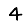
Digit: 4